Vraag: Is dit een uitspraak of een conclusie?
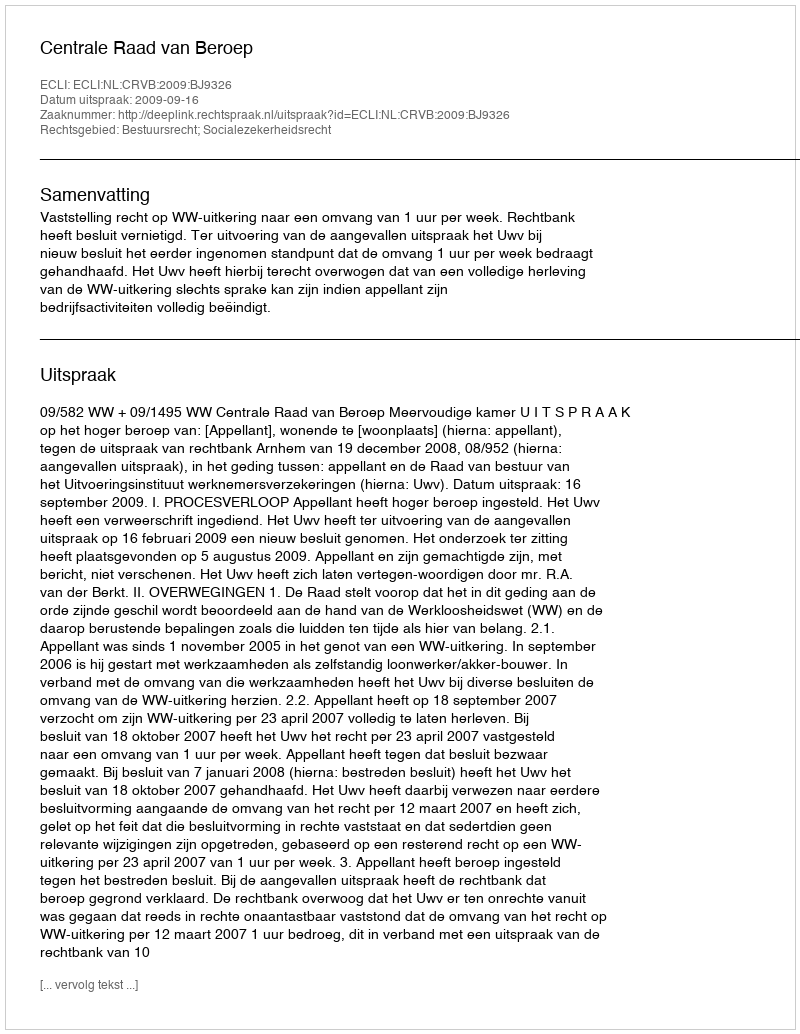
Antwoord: Uitspraak